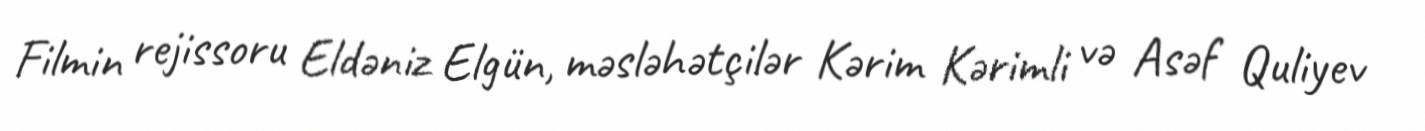
Filmin rejissoru Eldəniz Elgün, məsləhətçilər Kərim Kərimli və Asəf Quliyev